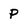
Character: P